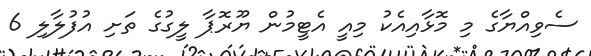
ސެވިއްޔާގެ މި މޮޅާއިއެކު މިއީ އެޓީމުން ޔޫރޮޕާ ލީގުގެ ތަށި އުފުލާލި 6